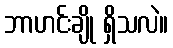
ဘာဟင်းချို ရှိသလဲ။